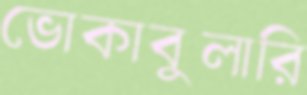
ভোকাবুলারি